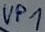
Text: VP1